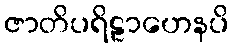
ဇာတိပရိဠာဟေနပိ